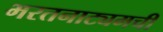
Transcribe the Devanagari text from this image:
भरतनाट्यमची